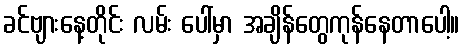
ခင်ဗျားနေ့တိုင်း လမ်း ပေါ်မှာ အချိန်တွေကုန်နေတာပေါ့။